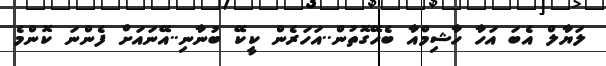
ލަޔާލް އެބަ އަހާ ހާޝިމްއާ ބެހޭގޮތުން..އަހަރެން ކީކޭ ބުނާނި..އޭނައަށް ފެންނަ ކޮންމެ